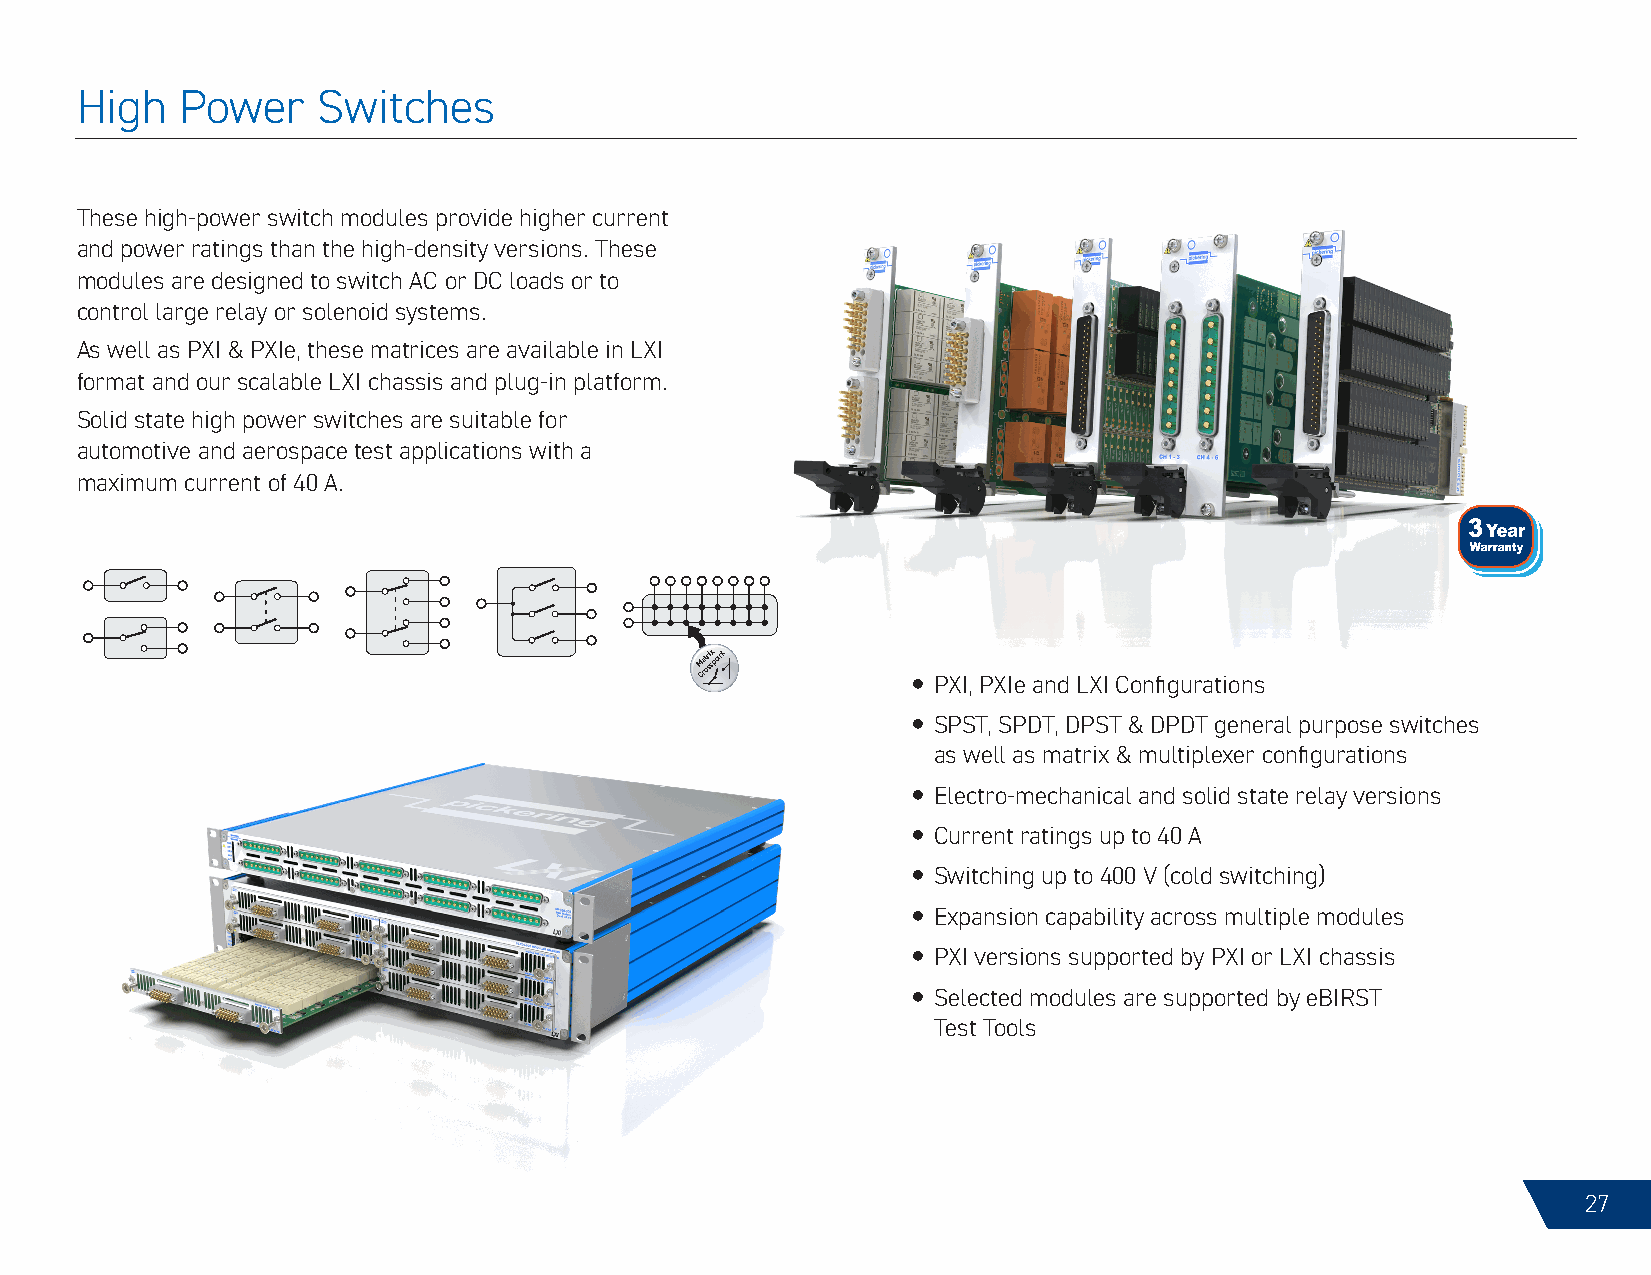
High   Power    Switches
 These high-power switch modules provide higher current
 and power ratings than the high-density versions. These
 modules are designed to switch AC or DC loads or to
 control large relay or solenoid systems.
 As well as PXI & PXIe, these matrices are available in LXI
 format and our scalable LXI chassis and plug-in platform.
 Solid state high power switches are suitable for
 automotive and aerospace test applications with a
 maximum current of 40 A.
 CM rat or si sx point
 y PXI, PXIe and LXI Configurations
 y SPST, SPDT, DPST & DPDT general purpose switches
 as well as matrix & multiplexer configurations
 y Electro-mechanical and solid state relay versions
 y Current ratings up to 40 A
 y Switching up to 400 V (cold switching)
 y Expansion capability across multiple modules
 y PXI versions supported by PXI or LXI chassis
 y Selected modules are supported by eBIRST
 Test Tools
 27